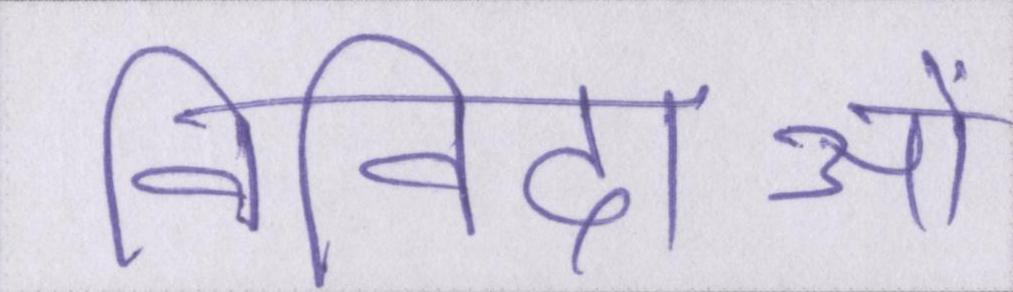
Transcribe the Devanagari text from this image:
निविदाओं